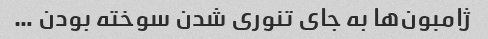
ژامبون‌ها به جای تنوری شدن سوخته بودن …